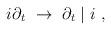
LaTeX: \begin{align*}i\partial_t ~ \rightarrow ~ \partial_t \mid i~,\end{align*}